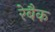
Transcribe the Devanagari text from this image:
रेबैक